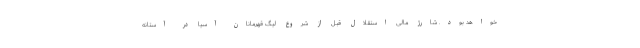
خواهد بود. شارژ مالی استقلال قبل از شروع لیگ قهرمانان آسیا در آستانه